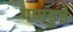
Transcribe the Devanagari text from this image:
पणडुई